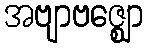
အဗျာဗဇ္ဈော